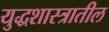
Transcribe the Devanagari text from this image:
युद्धशास्त्रातील